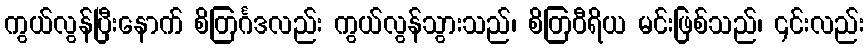
ကွယ်လွန်ပြီးနောက် စိတြင်္ဂဒလည်း ကွယ်လွန်သွားသည်၊ စိတြဝီရိယ မင်းဖြစ်သည်၊ ၎င်းလည်း